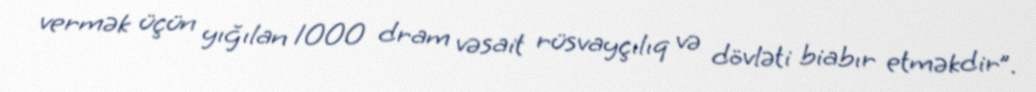
vermək üçün yığılan 1000 dram vəsait rüsvayçılıq və dövləti biabır etməkdir”.